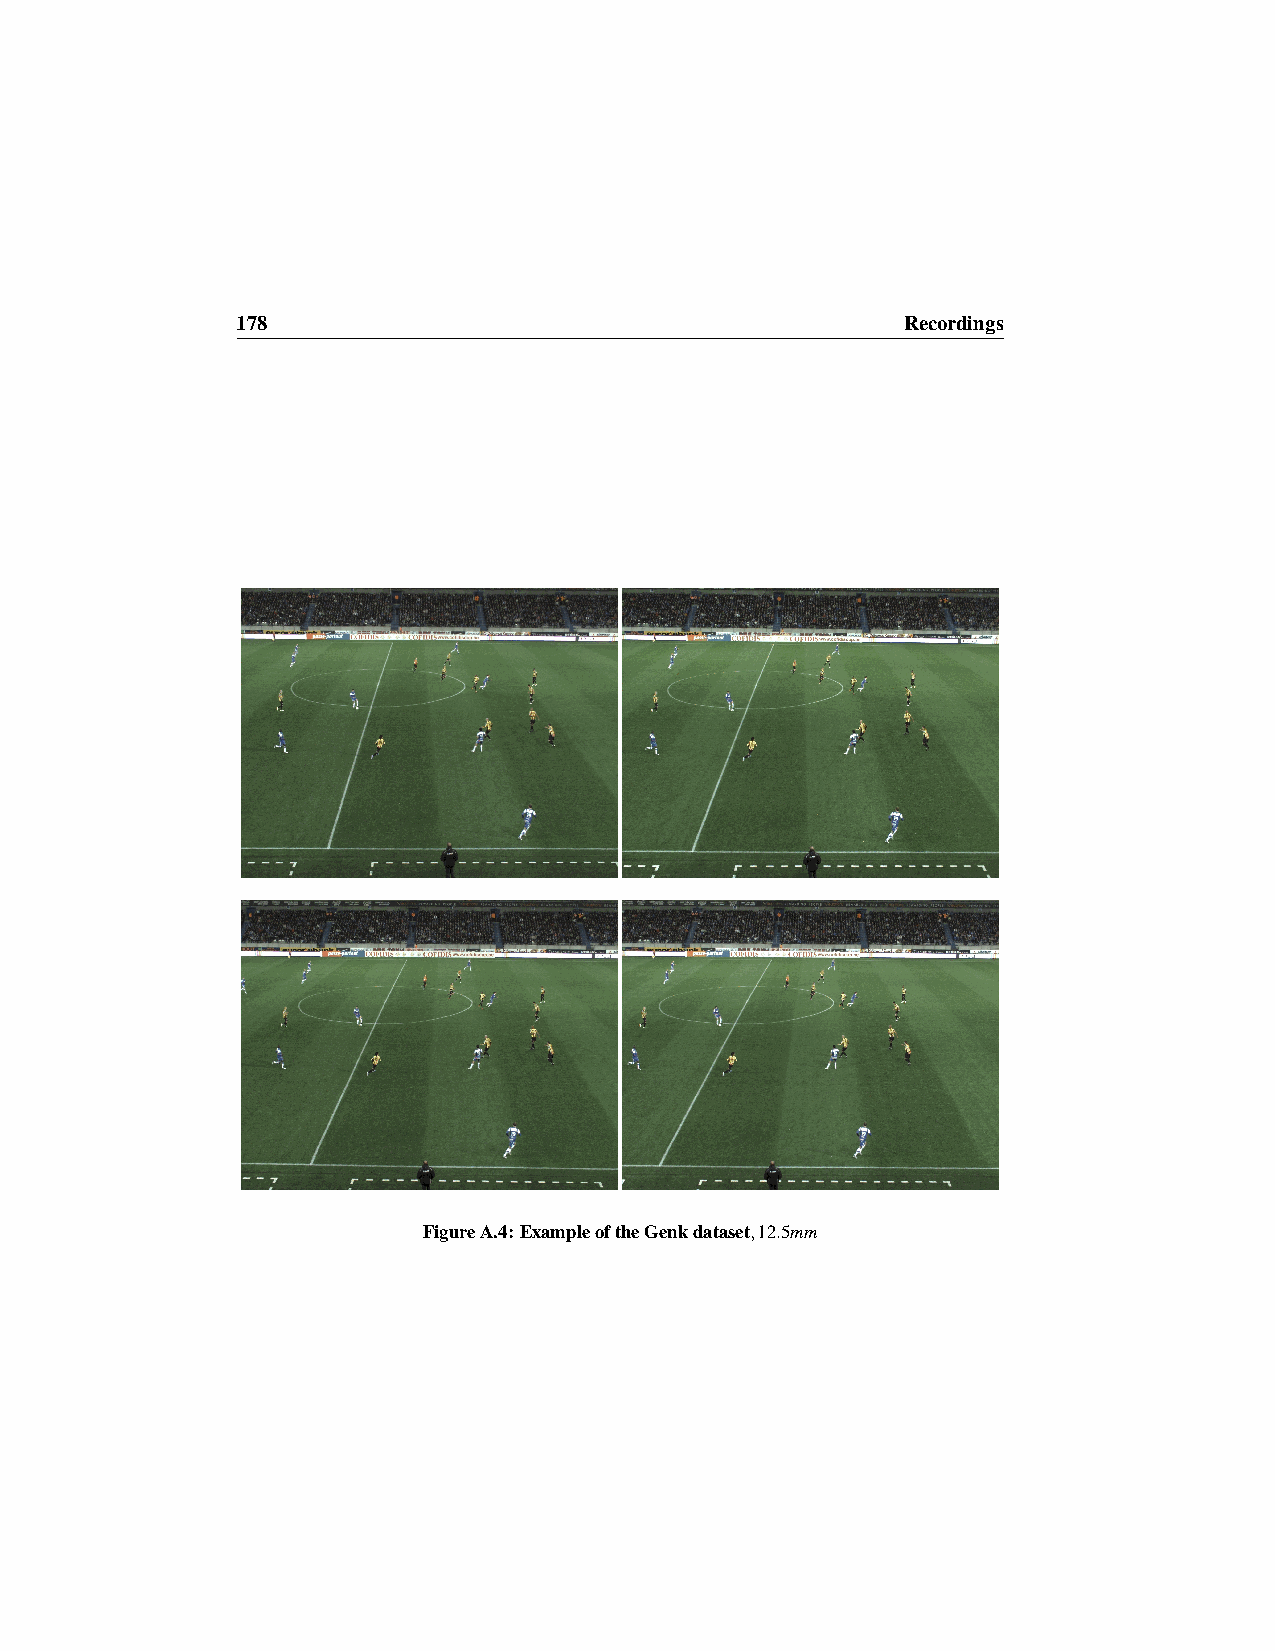
178                                         Recordings
 FigureA.4:ExampleoftheGenkdataset,12.5mm